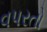
વપરતો